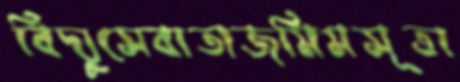
বিদ্যুসেবাতাজমিমসূত্রা